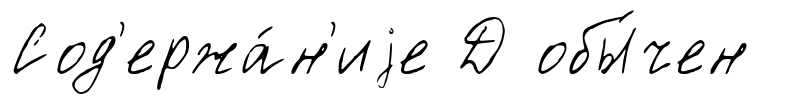
Сод'ержа́н'иjе Д обы́чен